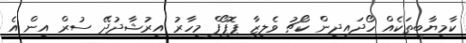
ކާމިޔާބީތަކެއް ހޯދައިދިން ކޯޗު ވެލިޒާ ޕޮޕޯފް މިހާރު އިރުޝާދުދޭ ސުރް އިން އެ